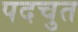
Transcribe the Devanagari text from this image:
पदचुत